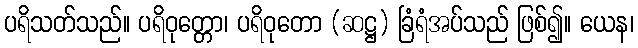
ပရိသတ်သည်။ ပရိဝုတ္တော၊ ပရိဝုတော (ဆဋ္ဌ) ခြံရံအပ်သည် ဖြစ်၍။ ယေန၊